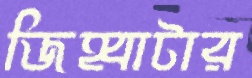
জিহ্বাটার